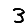
Digit: 3